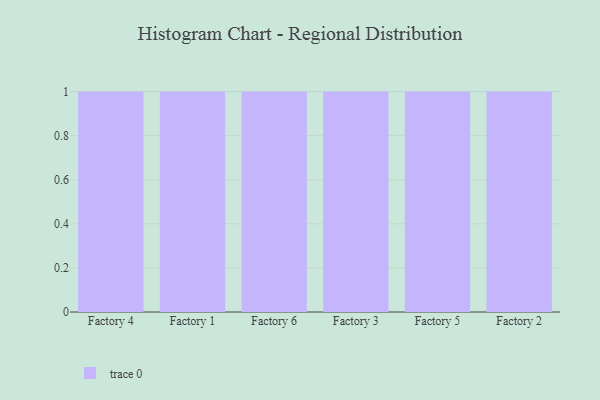
{"axis": {"x": "Factory", "y": "Budget (USD K)"}, "legend": [""], "data": [{"x": "Factory 4", "y": 30, "type": ""}, {"x": "Factory 1", "y": 55, "type": ""}, {"x": "Factory 6", "y": 44, "type": ""}, {"x": "Factory 3", "y": 22, "type": ""}, {"x": "Factory 5", "y": 11, "type": ""}, {"x": "Factory 2", "y": 40, "type": ""}]}